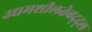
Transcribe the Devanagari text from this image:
उद्यमशीलतेबद्द्ल